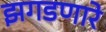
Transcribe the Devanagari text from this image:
झगडणारे